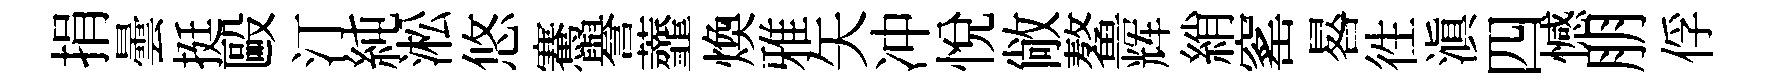
捐曇挺毆汀純淞悠騫譽虀煥雅矢冲悦敞鳌辉綃窰晷徃滇四憾朋俘